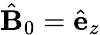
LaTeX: \hat{\mathbf{B}}_{0}=\hat{\mathbf{e}}_{z}